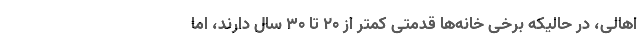
اهالی، در حالیکه برخی خانه‌ها قدمتی کمتر از ۲۰ تا ۳۰ سال دارند، اما